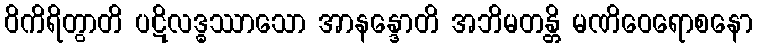
ဝိကိရိတွာတိ ပဋိလဒ္ဓဿာသော အာနန္ဒောတိ အဘိမတန္တိ မဏိဝေရောစနော